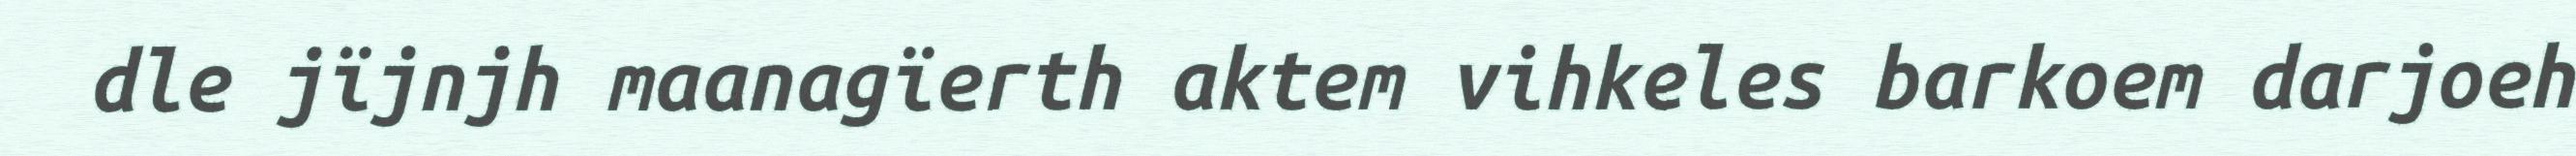
dle jïjnjh maanagïerth aktem vihkeles barkoem darjoeh